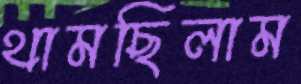
থামছিলাম